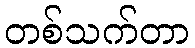
တစ်သက်တာ